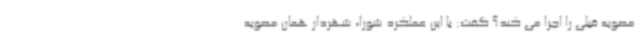
مصوبه قبلی را اجرا می کند؟ گفت: با این عملکرد شورا، شهردار همان مصوبه